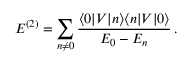
E ^ { ( 2 ) } = \sum _ { n \ne 0 } \frac { \langle 0 | V | n \rangle \langle n | V | 0 \rangle } { E _ { 0 } - E _ { n } } \, .